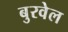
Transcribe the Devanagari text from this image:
बुरवेल